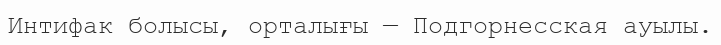
Интифак болысы, орталығы — Подгорнесская ауылы.